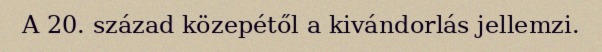
A 20. század közepétől a kivándorlás jellemzi.